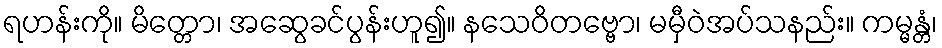
ရဟန်းကို။ မိတ္တော၊ အဆွေခင်ပွန်းဟူ၍။ နသေဝိတဗ္ဗော၊ မမှီဝဲအပ်သနည်း။ ကမ္မန္တံ၊